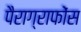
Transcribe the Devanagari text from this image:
पैराग्राफोंस